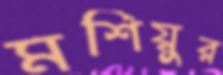
মশিয়ুর